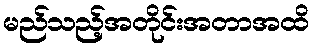
မည်သည့်အတိုင်းအတာအထိ